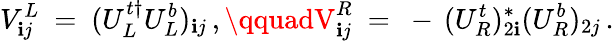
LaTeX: V_{\mathbf{i}j}^{L}\ =\ (U_{L}^{t\dagger}U_{L}^{b})_{\mathbf{i}j}\, ,\qquadV_{\mathbf{i}j}^{R}\ =\ -\, (U_{R}^{t})_{2\mathbf{i}}^{*}(U_{R}^{b})_{2j}\, .